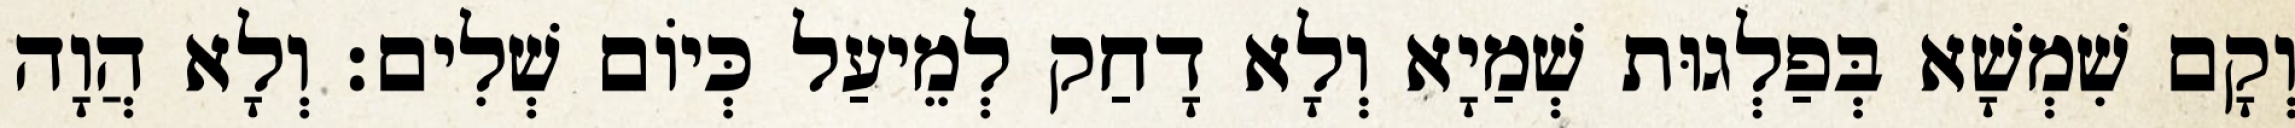
וְקָם שִׁמְשָׁא בְּפַלְגוּת שְׁמַיָא וְלָא דָחַק לְמֵיעַל כְּיוֹם שְׁלִים׃ וְלָא הֲוָה